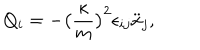
LaTeX: Q _ { i } = - \big ( \frac { \kappa } { m } \big ) ^ { 2 } \epsilon _ { i j } \ddot { x } _ { j } ,